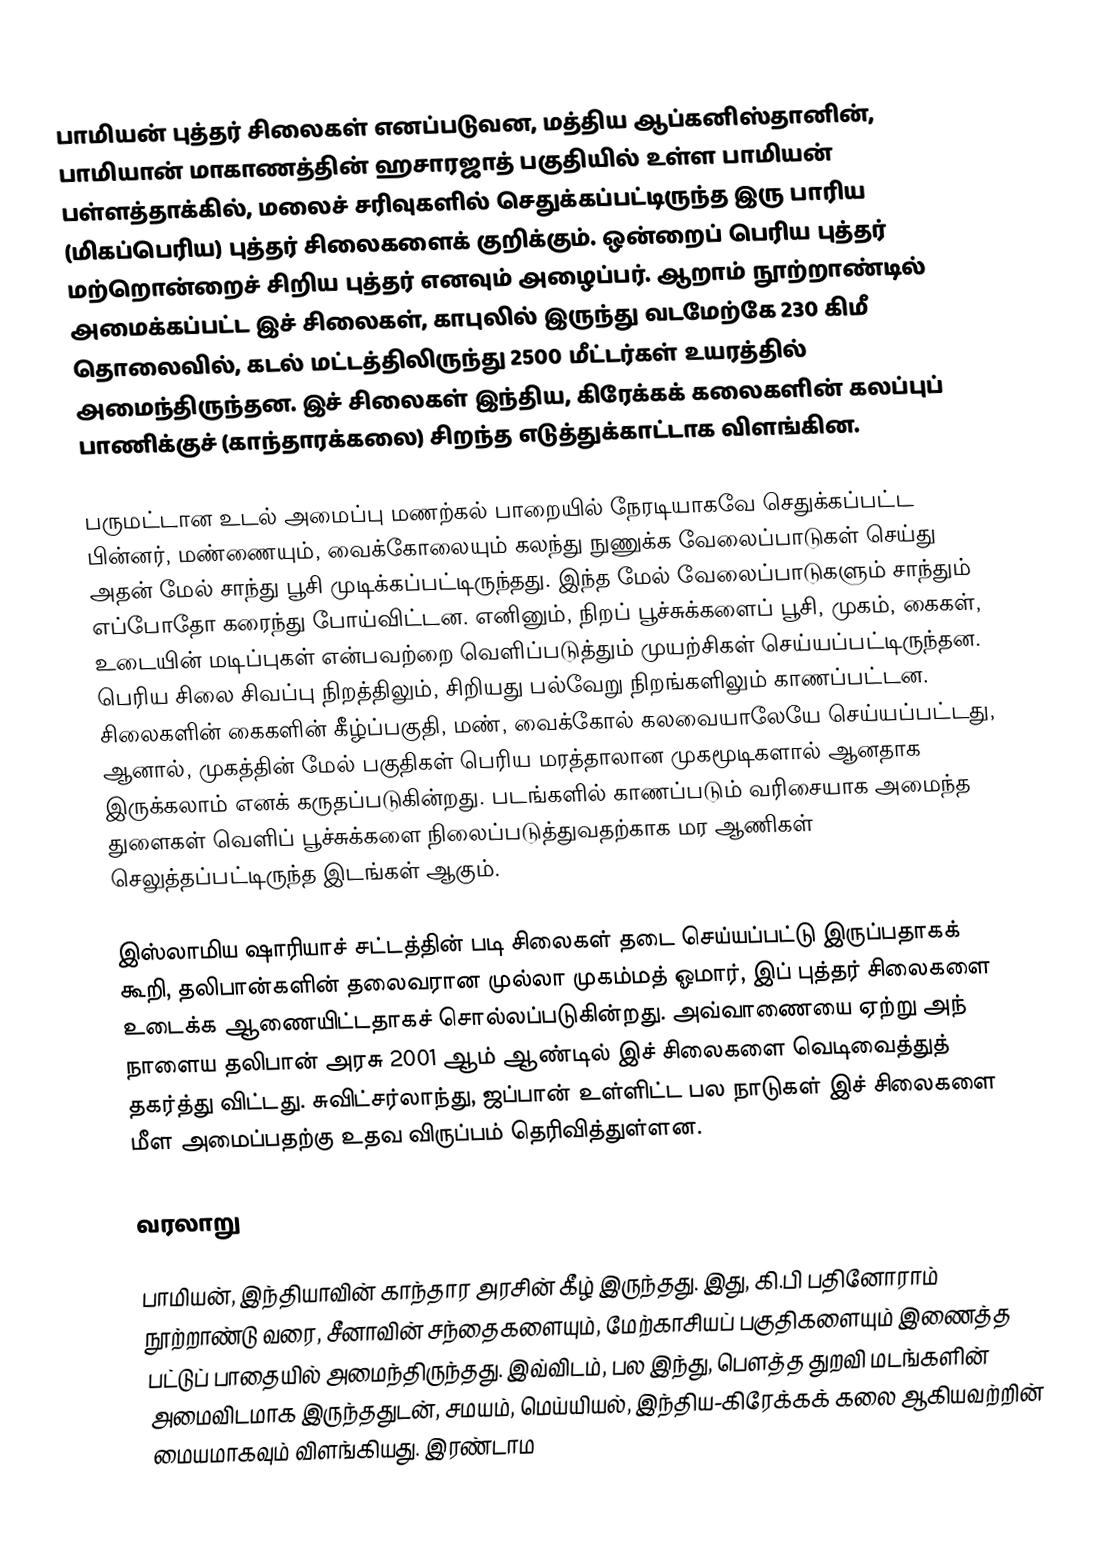
பாமியன் புத்தர் சிலைகள் எனப்படுவன, மத்திய ஆப்கனிஸ்தானின், பாமியான் மாகாணத்தின் ஹசாரஜாத் பகுதியில் உள்ள பாமியன் பள்ளத்தாக்கில், மலைச் சரிவுகளில் செதுக்கப்பட்டிருந்த இரு பாரிய (மிகப்பெரிய) புத்தர் சிலைகளைக் குறிக்கும். ஒன்றைப் பெரிய புத்தர் மற்றொன்றைச் சிறிய புத்தர் எனவும் அழைப்பர். ஆறாம் நூற்றாண்டில் அமைக்கப்பட்ட இச் சிலைகள், காபுலில் இருந்து வடமேற்கே 230 கிமீ தொலைவில், கடல் மட்டத்திலிருந்து 2500 மீட்டர்கள் உயரத்தில் அமைந்திருந்தன. இச் சிலைகள் இந்திய, கிரேக்கக் கலைகளின் கலப்புப் பாணிக்குச் (காந்தாரக்கலை) சிறந்த எடுத்துக்காட்டாக விளங்கின.

பருமட்டான உடல் அமைப்பு மணற்கல் பாறையில் நேரடியாகவே செதுக்கப்பட்ட பின்னர், மண்ணையும், வைக்கோலையும் கலந்து நுணுக்க வேலைப்பாடுகள் செய்து அதன் மேல் சாந்து பூசி முடிக்கப்பட்டிருந்தது. இந்த மேல் வேலைப்பாடுகளும் சாந்தும் எப்போதோ கரைந்து போய்விட்டன. எனினும், நிறப் பூச்சுக்களைப் பூசி, முகம், கைகள், உடையின் மடிப்புகள் என்பவற்றை வெளிப்படுத்தும் முயற்சிகள் செய்யப்பட்டிருந்தன. பெரிய சிலை சிவப்பு நிறத்திலும், சிறியது பல்வேறு நிறங்களிலும் காணப்பட்டன. சிலைகளின் கைகளின் கீழ்ப்பகுதி, மண், வைக்கோல் கலவையாலேயே செய்யப்பட்டது, ஆனால், முகத்தின் மேல் பகுதிகள் பெரிய மரத்தாலான முகமூடிகளால் ஆனதாக இருக்கலாம் எனக் கருதப்படுகின்றது. படங்களில் காணப்படும் வரிசையாக அமைந்த துளைகள் வெளிப் பூச்சுக்களை நிலைப்படுத்துவதற்காக மர ஆணிகள் செலுத்தப்பட்டிருந்த இடங்கள் ஆகும்.

இஸ்லாமிய ஷாரியாச் சட்டத்தின் படி சிலைகள் தடை செய்யப்பட்டு இருப்பதாகக் கூறி, தலிபான்களின் தலைவரான முல்லா முகம்மத் ஓமார், இப் புத்தர் சிலைகளை உடைக்க ஆணையிட்டதாகச் சொல்லப்படுகின்றது. அவ்வாணையை ஏற்று அந் நாளைய தலிபான் அரசு 2001 ஆம் ஆண்டில் இச் சிலைகளை வெடிவைத்துத் தகர்த்து விட்டது. சுவிட்சர்லாந்து, ஜப்பான் உள்ளிட்ட பல நாடுகள் இச் சிலைகளை மீள அமைப்பதற்கு உதவ விருப்பம் தெரிவித்துள்ளன.

வரலாறு

பாமியன், இந்தியாவின் காந்தார அரசின் கீழ் இருந்தது. இது, கி.பி பதினோராம் நூற்றாண்டு வரை, சீனாவின் சந்தைகளையும், மேற்காசியப் பகுதிகளையும் இணைத்த பட்டுப் பாதையில் அமைந்திருந்தது. இவ்விடம், பல இந்து, பௌத்த துறவி மடங்களின் அமைவிடமாக இருந்ததுடன், சமயம், மெய்யியல், இந்திய-கிரேக்கக் கலை ஆகியவற்றின் மையமாகவும் விளங்கியது. இரண்டாம